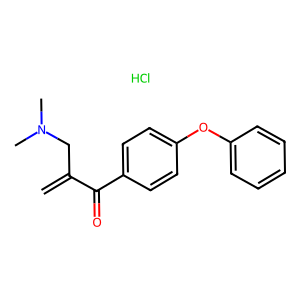
SMILES: C=C(CN(C)C)C(=O)c1ccc(Oc2ccccc2)cc1.Cl
Inhibits HIV replication: No